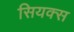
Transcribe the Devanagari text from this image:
सियक्स